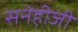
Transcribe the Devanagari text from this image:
सनेहीजी